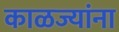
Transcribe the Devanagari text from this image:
काळज्यांना